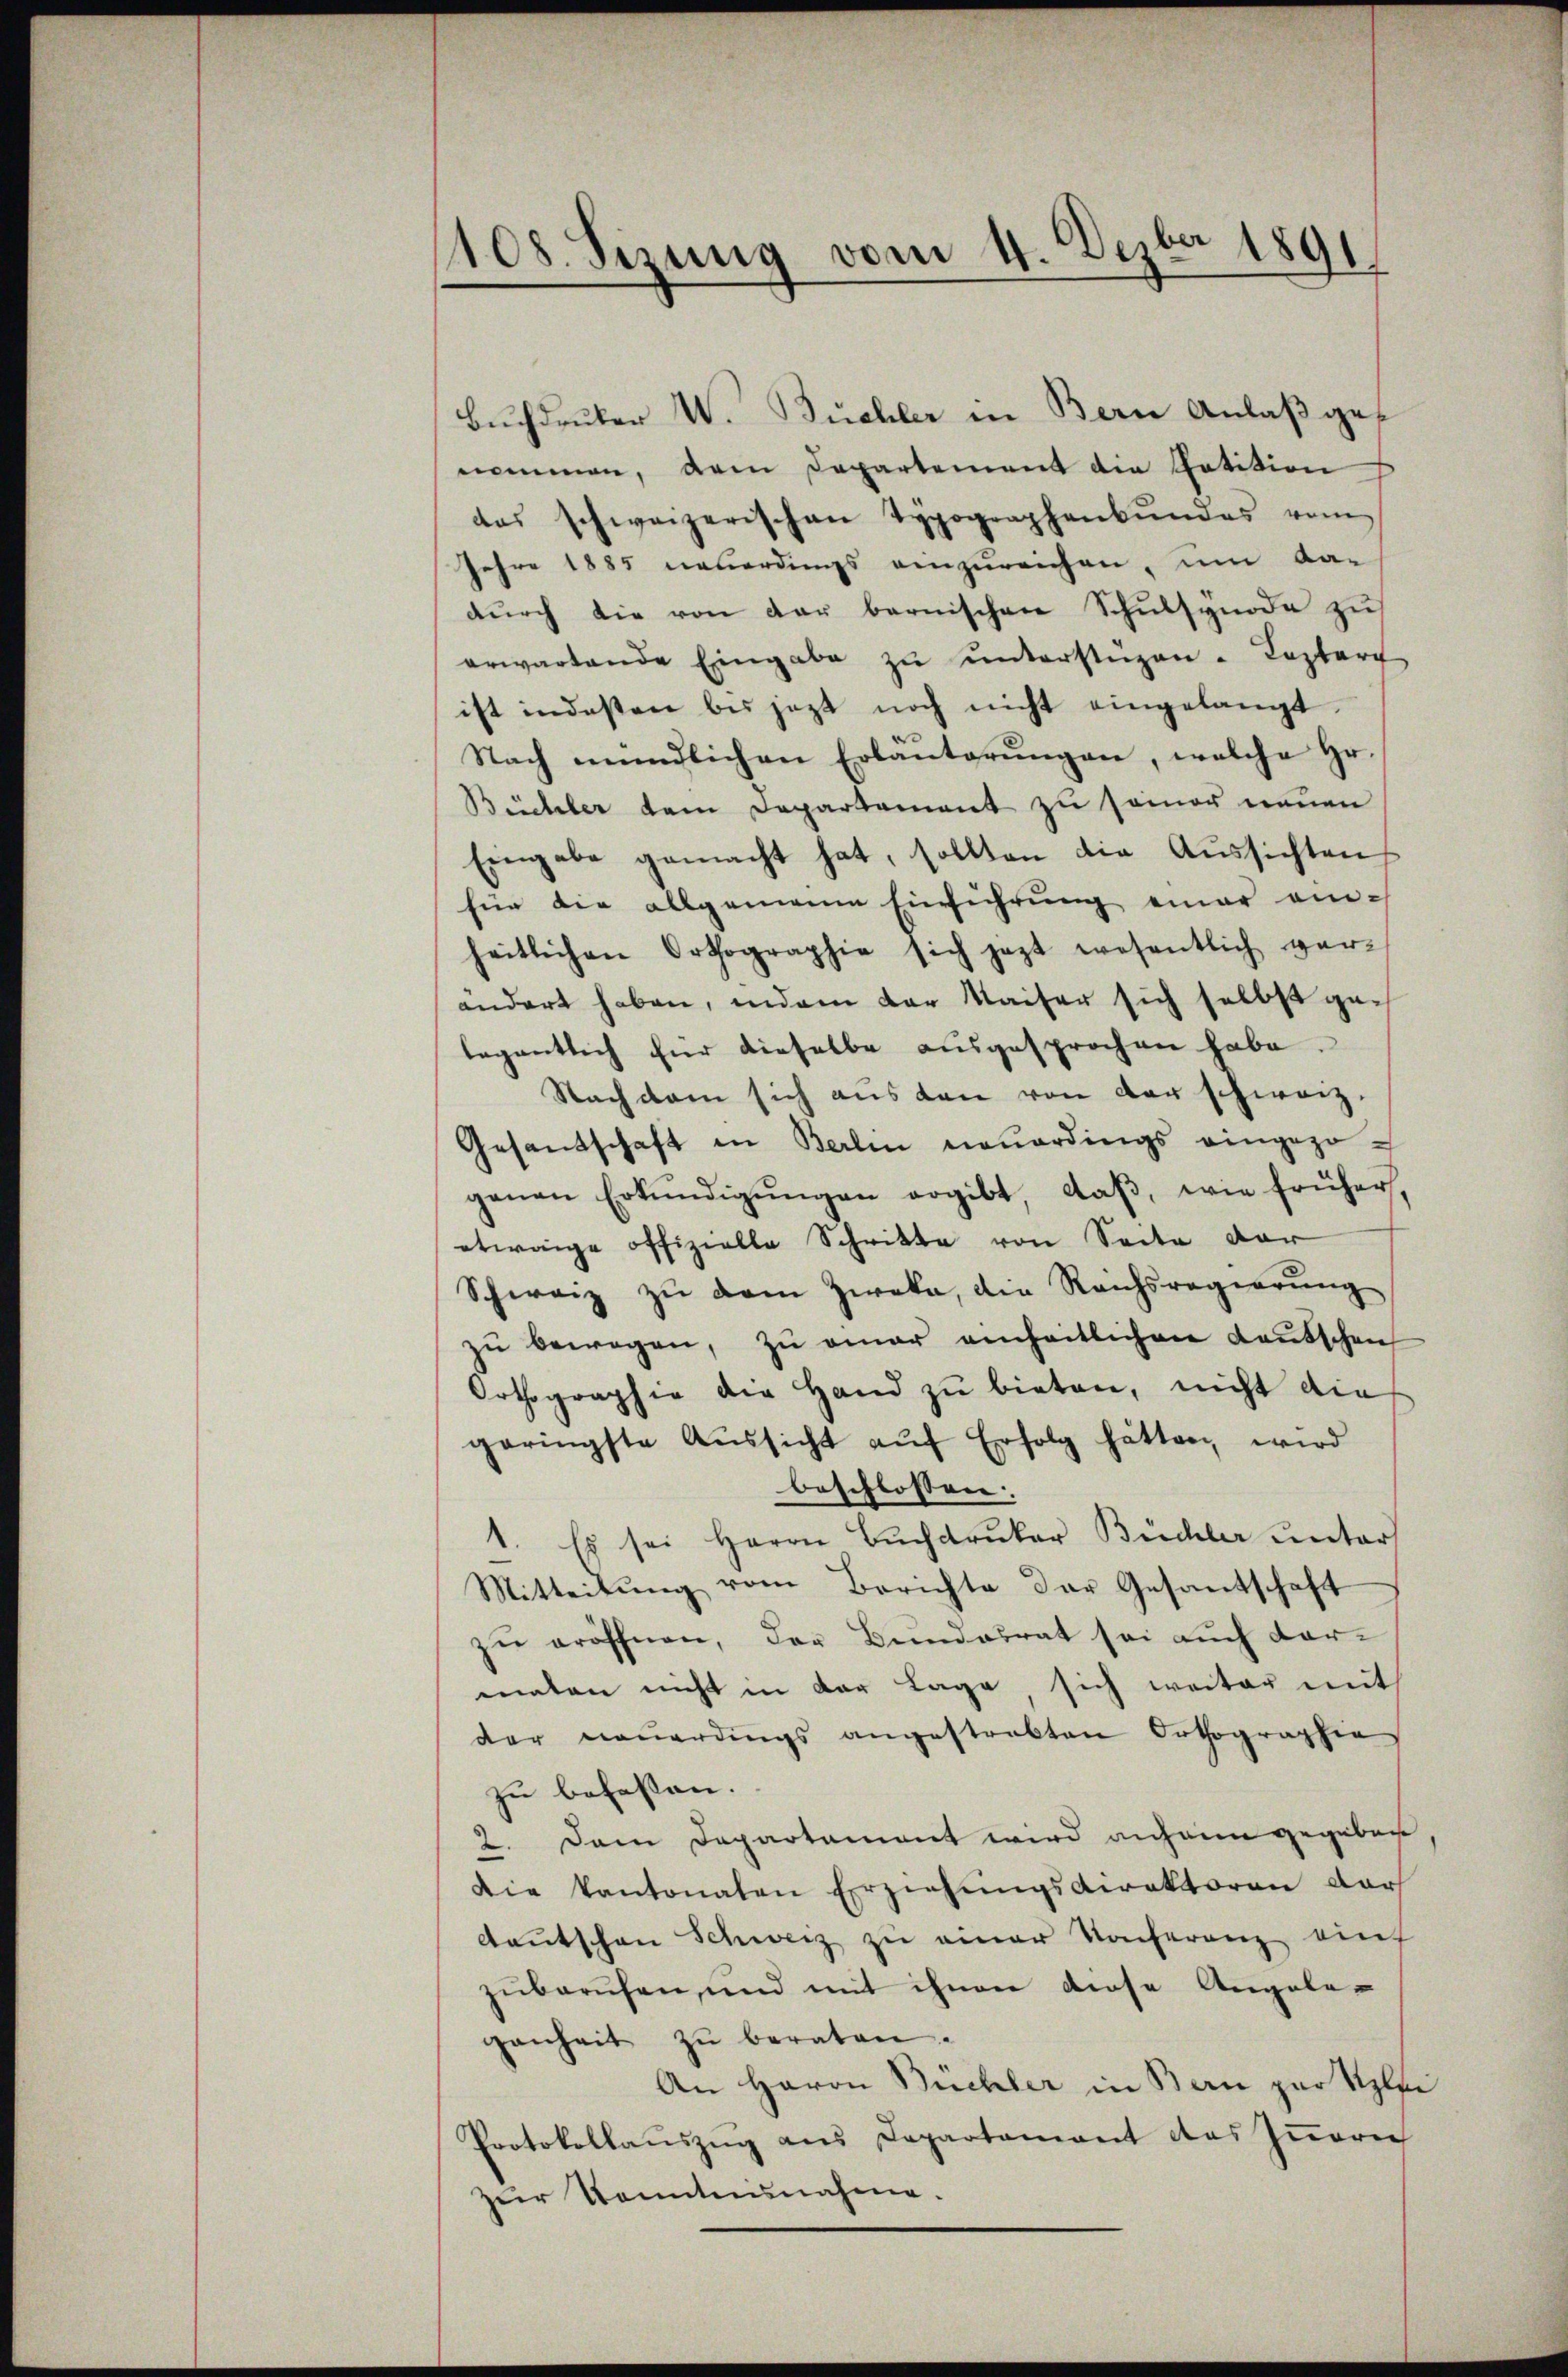
108. Sizung vom 4. Dezbr 1891.

Buchdruker W. Büchler in Bern Anlaß genommen, dem Departement die Petition
das schweizerischen Typographenbŭndes vom
Jahre 1885 neuerdings einzureichen, um Ka-
durch die von der bernischen Schulsynode zu
erwartende Eingabe zŭ ŭnterstüzen. Lezter
ist indesten bis jezt noch nicht eingelangt.
Nach mündlichen Erbanterŭngen, welche Hr.
Büchler dem Departement zu seiner neuen
Eingabe gemacht hat, sollten die Aussichten
für die allgemeine Einführŭng einer ein-
heitlichen Orthographie sich jezt wesentlich ver-
ändert haben, indem der Kaiser sich selbst gelegentlich für dieselbe ausgesprochen habe.
Nachdem sich aŭs den von der schweiz.
Gesandschaft in Berlin neuerdings eingezoganen Erkŭndigŭngen ergibt, daβ, wie früher,
etwaige offizielle Schritte von Seite dar
Schweiz zŭ dem Zweka, die Reichsregierŭng
zŭ bewegen, zŭ einer einheitlichen Kautschen
Orthographie die Hand zu bieten, nicht die
geringste Aŭssicht aŭf Erfolg hätten, wird
beschlossen. |
1. Es sei Herrn Buchdruker Büchler unter
.
Mitteilung vom Berichte der Gesantschaft
zu eröffnen, der Bundesrat sei auch darmaten nicht in der Lage sich weiter mit
der neŭerdings angestrebten Orthographie
zu befassen.
2. Dem Departament wird anhain gegeben
die kantonaten Erziehŭngsdirektoren dar
Daŭtschon Schweiz zu einer Konferenz auf
zuberufen, und mit ihnen diese Angelegenheit zŭ beraten.
An Haron Büchler in Bern zur Klei
Protokollaŭszŭg ans Departement des Iṅern
zur Kenntnŭnahme.